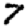
Digit: 7